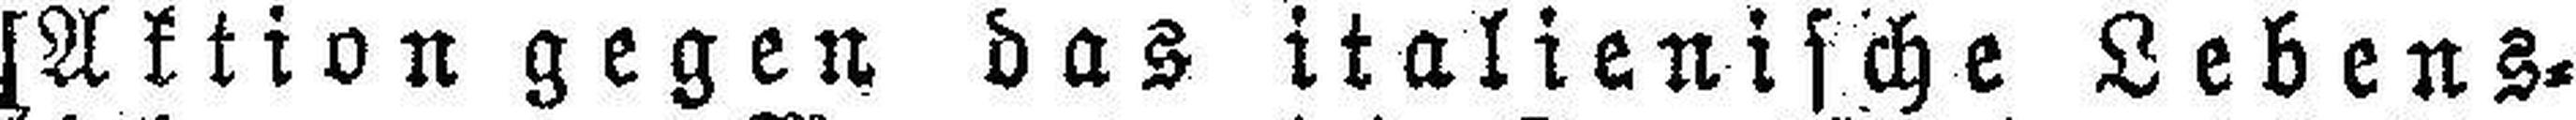
[Aktion gegen das italienische Lebens¬